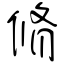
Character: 脩